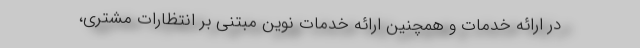
در ارائه خدمات و همچنين ارائه خدمات نوين مبتني بر انتظارات مشتري،